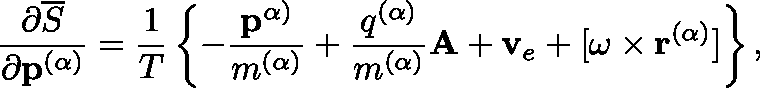
\frac { \partial \overline { { S } } } { \partial \mathbf { p } ^ { ( \alpha ) } } = \frac { 1 } { T } \left\{ - \frac { \mathbf { p } ^ { \alpha ) } } { m ^ { ( \alpha ) } } + \frac { q ^ { ( \alpha ) } } { m ^ { ( \alpha ) } } \mathbf { A } + \mathbf { v } _ { e } + [ \mathbf { \omega } \times \mathbf { r } ^ { ( \alpha ) } ] \right\} ,